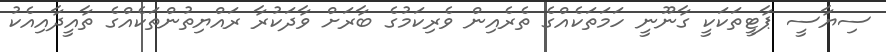
ސިޔާސީ ޕާޓީތަކަކީ ގާނޫނީ ހަމަތަކެއްގެ ތެރެއިން ވެރިކަމުގެ ބާރަށް ވާދަކުރާ ރައްޔިތުންތަކެއްގެ ތާއީދާއިއެކު